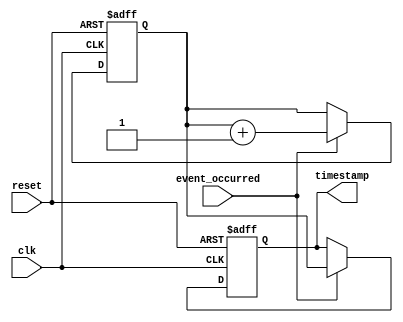
module timestamp_timer (
  input wire clk,
  input wire reset,
  input wire event_occurred,
  output reg [63:0] timestamp
);

reg [63:0] time_count;

always @(posedge clk or posedge reset) begin
  if (reset) begin
    time_count <= 64'd0;
  end else begin
    if (event_occurred) begin
      time_count <= time_count + 1;
    end
  end
end

always @(posedge clk or posedge reset) begin
  if (reset) begin
    timestamp <= 64'd0;
  end else begin
    if (event_occurred) begin
      timestamp <= time_count;
    end
  end
end

endmodule